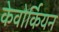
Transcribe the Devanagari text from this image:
केवोर्कियन